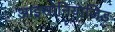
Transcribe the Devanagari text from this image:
आइसोनियाजिड